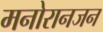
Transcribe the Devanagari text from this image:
मनोरानजन